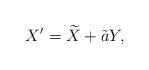
LaTeX: \begin{align*} X' = \widetilde X + \tilde{a}Y,\end{align*}